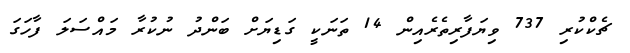
ޗެކްކުރި 737 ވިޔަފާރިތެރެއިން 14 ތަނަކީ ގަޑިޔަށް ބަންދު ނުކުރާ މައްސަލަ ފާހަގަ